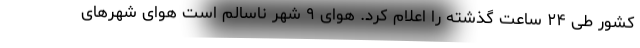
کشور طی ۲۴ ساعت گذشته را اعلام کرد. هوای ۹ شهر ناسالم است هوای شهرهای